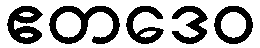
ဧတဒေဝ